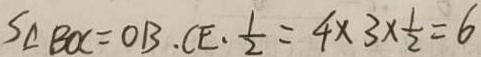
S _ { \Delta B O C } = O B \cdot C E \cdot \frac { 1 } { 2 } = 4 \times 3 \times \frac { 1 } { 2 } = 6